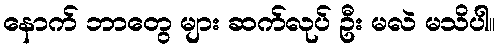
နောက် ဘာတွေ များ ဆက်လုပ် ဦး မလဲ မသိပါ။